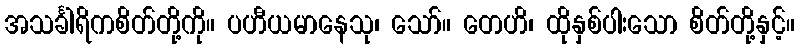
အသင်္ခါရိကစိတ်တို့ကို။ ပဟီယမာနေသု၊ သော်။ တေဟိ၊ ထိုနှစ်ပါးသော စိတ်တို့နှင့်။